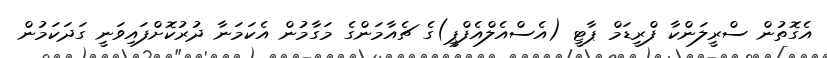
އެގޮތުން ސްރީލަންކާ ފްރީޑަމް ޕާޓީ (އެސްއެލްއެފްޕީ)ގެ ޗެއާމަންގެ މަގާމުން އެކަމަނާ ދުރުކޮށްފައިވަނީ ގަދަކަމުން